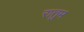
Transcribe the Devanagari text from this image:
रातुम